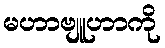
မဟာဗျူဟာကို